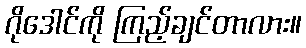
ဂိုဒေါင်ကို ကြည့်ချင်တာလား။